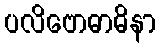
ပလိဗောဓာဓိနာ